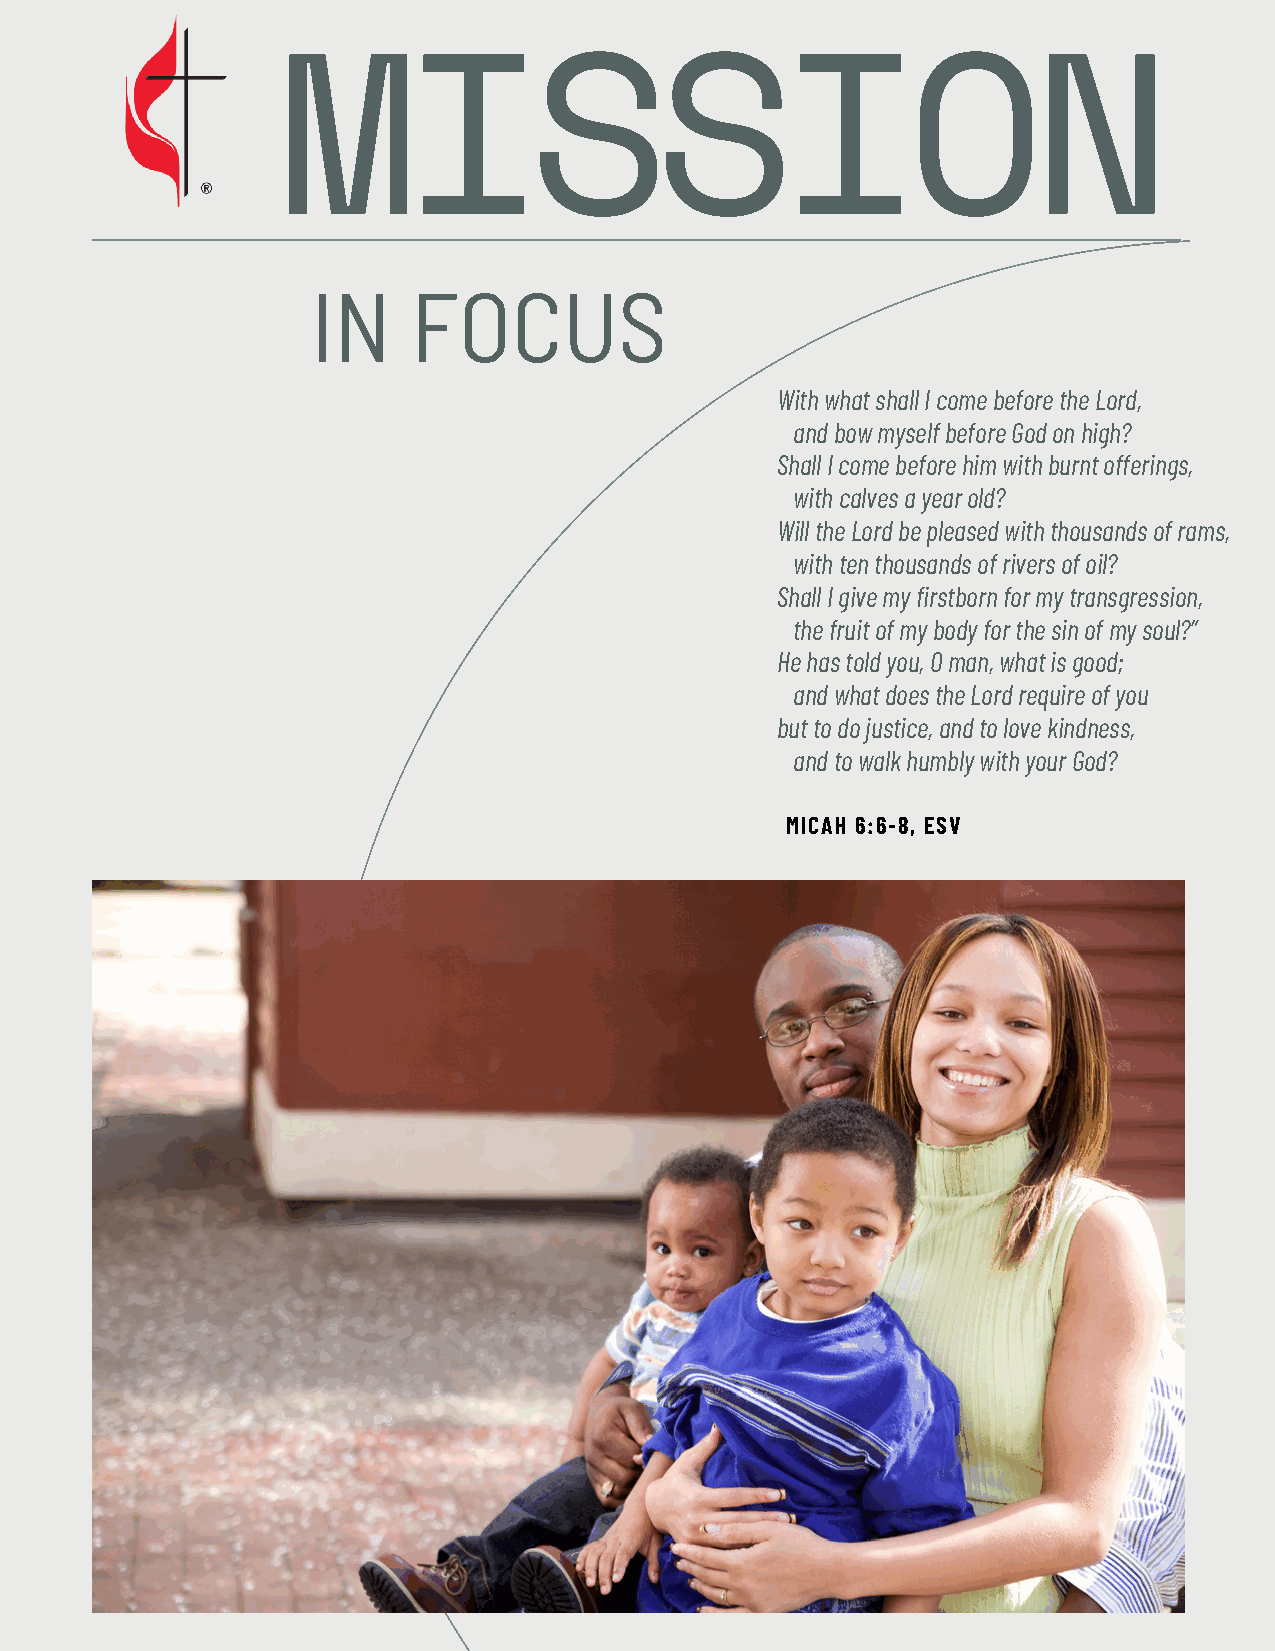
MISSION
 IN    FOCUS
 With what shall I come before the Lord,
 and bow myself before God on high?
 Shall I come before him with burnt offerings,
 with calves a year old?
 Will the Lord be pleased with thousands of rams,
 with ten thousands of rivers of oil?
 Shall I give my firstborn for my transgression,
 the fruit of my body for the sin of my soul?”
 He has told you, O man, what is good;
 and what does the Lord require of you
 but to do justice, and to love kindness,
 and to walk humbly with your God?
 MICAH 6:6-8, ESV